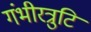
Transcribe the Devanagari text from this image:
गंभीरत्रुटि